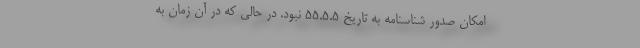
امکان صدور شناسنامه به تاریخ 55.5.5 نبود. در حالی که در آن زمان به